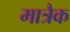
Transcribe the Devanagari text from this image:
मात्रैक